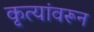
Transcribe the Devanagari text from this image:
कृत्यांवरून